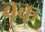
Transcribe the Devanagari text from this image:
वृक्